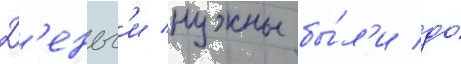
Д'еньг'и нужны бы́л'и до́